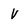
Character: V